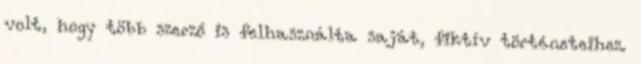
volt, hogy több szerző is felhasználta saját, fiktív történeteihez.